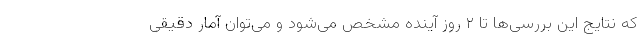
که نتایج این بررسی‌ها تا ۲ روز آینده مشخص می‌شود و می‌توان آمار دقیقی